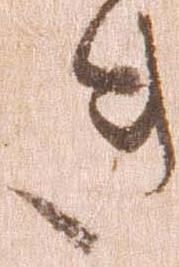
き